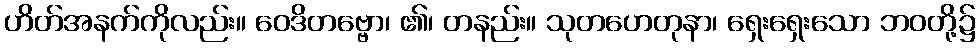
ဟိတ်အနက်ကိုလည်း။ ဝေဒိတဗ္ဗော၊ ၏၊ တနည်း။ သုတဟေတုနာ၊ ရှေးရှေးသော ဘဝတို့၌